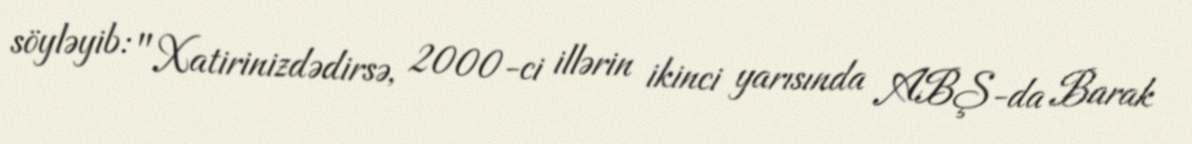
söyləyib: "Xatirinizdədirsə, 2000-ci illərin ikinci yarısında ABŞ-da Barak